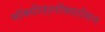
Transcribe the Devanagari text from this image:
मॉक्सीफ़्लॉक्सासिन